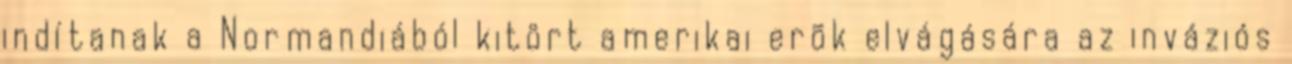
indítanak a Normandiából kitört amerikai erõk elvágására az inváziós